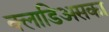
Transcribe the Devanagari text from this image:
क्लाडिअसका